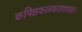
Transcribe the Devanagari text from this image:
कपिष्ठकलकठशाखा।